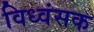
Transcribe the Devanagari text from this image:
विध्‍वंसक